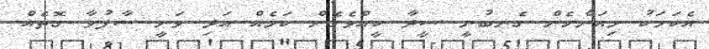
އެކަމަކު މިއަންހެން ގެނބުނީ ސީދާ ކީއްވެގެން ކަމެއް އަދި ވަނީ ސާފުވާ ގޮތެއް